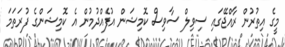
މީގެ އިތުރުން ރާއްޖޭގައި ސިވިލް ސާވިސް ކޮމިޝަން އުފެއްދުމުން އެ ކޮމިޝަންގެ ފުރަތަމަ